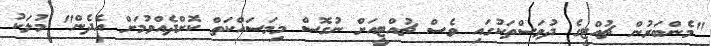
"މެންބަރުން ޗުއްޓީގެ ދުވަސްތަކުގައި ވެސް ޗުއްޓީއަށް ނުގޮސް މިމަސައްކަތް ކޮށްދެއްވުމަށް އެދެން" މުލަކު